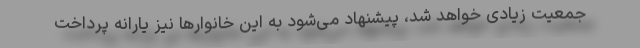
جمعیت زیادی خواهد شد، پیشنهاد می‌شود به این خانوارها نیز یارانه پرداخت